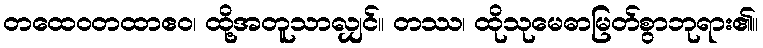
တထေဝတထာဧဝ၊ ထို့အတူသာလျှင်။ တဿ၊ ထိုသုမေဓာမြတ်စွာဘုရား၏။